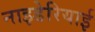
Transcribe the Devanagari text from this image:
नाइडेरियाई